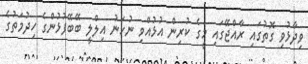
ވިދާޅުވި ގޮތުގައި ރާއްޖޭގައި މީގެ ކުރިން އުޅުއްވި ނުހަނު އިލްލީ ބޭބޭފުޅުންގެ ހިދުމަތުގެ